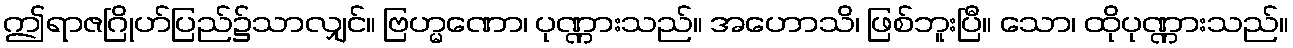
ဤရာဇဂြိုဟ်ပြည်၌သာလျှင်။ ဗြဟ္မဏော၊ ပုဏ္ဏားသည်။ အဟောသိ၊ ဖြစ်ဘူးပြီ။ သော၊ ထိုပုဏ္ဏားသည်။